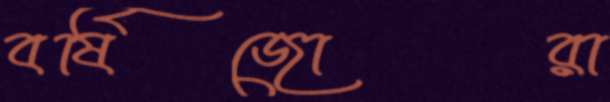
বর্ষিজোরা